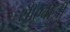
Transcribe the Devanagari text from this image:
सीएबीजी